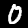
Label: 0